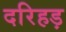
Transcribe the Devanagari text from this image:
दरिहड़